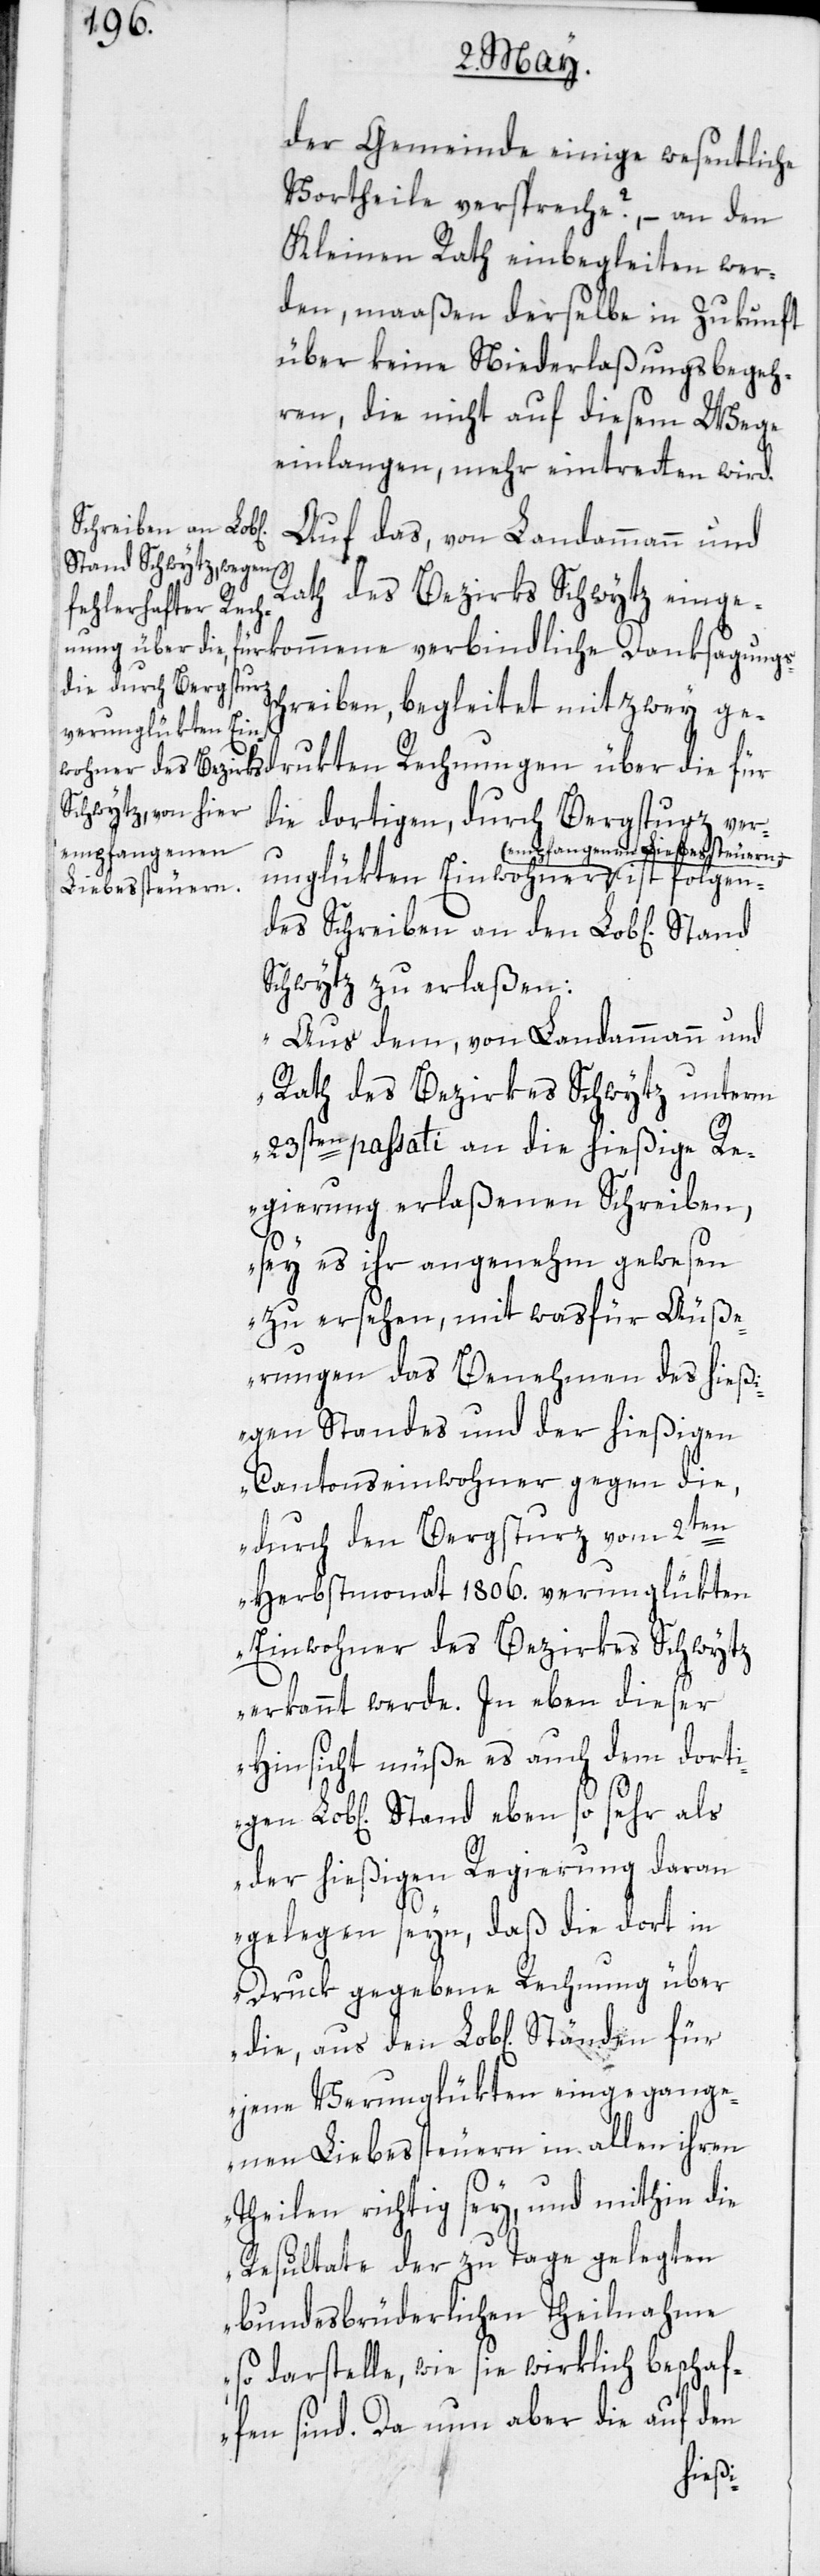
der Gemeinde einige wesentliche
Vortheile verspreche?, – an den
Kleinen Rath einbegleiten wer¬
den, maaßen derselbe in Zukunft
über keine Niederlaßungsbegeh¬
ren, die nicht auf diesem Wege
einlangen, mehr eintretten wird.
Schreiben an den
Auf das, von Landammann und
Rath des Bezirks Schwytz einge¬
schreiben, begleitet mit zwey ged¬
erunglükten Ein¬
die dortigen, durch Bergsturz v¬
kommene verbindliche Danksagungs¬
empfangenen
Liebessteuern,
Schwytz zu erlaßen:
„Aus dem, von Landammann und
Rath des Bezirkes Schwytz unterm
23sten passati an die hießige R¬
egierung erlaßenen Schreiben,
sey es ihr angenehm gewesen
zu ersehen, mit was für Äuße¬
rungen das Benehmen des hieß¬
igen Standes und der hießigen
Cantonseinwohner gegen die,
den
durch den Bergsturz vom 2ten
Herbstmonat 1806. verunglükten
Einwohner des Bezirkes Schwytz
erkannt werde. In eben dieser
Hinsicht müße es auch dem dorti¬
Lob[lichen] Stand eben so sehr als
der hießigen Regierung daran
gelegen seyn, daß die dort in
Druck gegebene Rechnung über
jene Verunglükten eingegange¬
nen Liebessteuern in allen ihren
Theilen richtig sey, und mithin die
Resultate der zu Tage gelegten
bundesbrüderlichen Theilnahme
so darstelle, wie sie wirklich beschaf¬
fen sind. Da nun aber die auf den